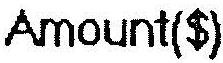
AMOUNT($)